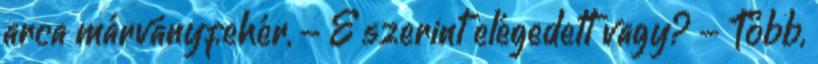
arca márványfehér, - E szerint elégedett vagy? - Több,